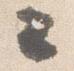
々